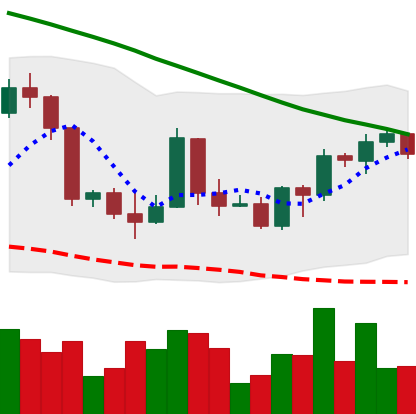
Ticker: BTC-USD
Chart end date: 2022-03-20
Forward return: 7.518%
Label: up_7plus